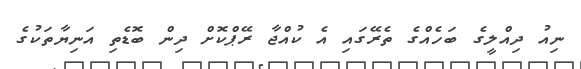
ނިއު ދިއްލީގެ ބަހެއްގެ ތެރޭގައި އެ ކުއްޖާ ރޭޕްކޮށް ދިން ބޮޑެތި އަނިޔާތަކުގެ